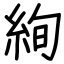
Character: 絢